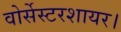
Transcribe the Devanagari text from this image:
वोर्सेस्टरशायर।